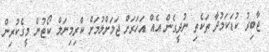
ޖާބިރު ކުޑަކަމުދާ ތަކެތި ނުދީގެން އެއް އަހަރަށް ޖަލަށްލުމަށް ކްރިމިނަލް ކޯޓުން މީގެކުރިން